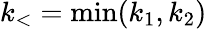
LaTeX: k_{<}=\operatorname*{min}(k_{1},k_{2})